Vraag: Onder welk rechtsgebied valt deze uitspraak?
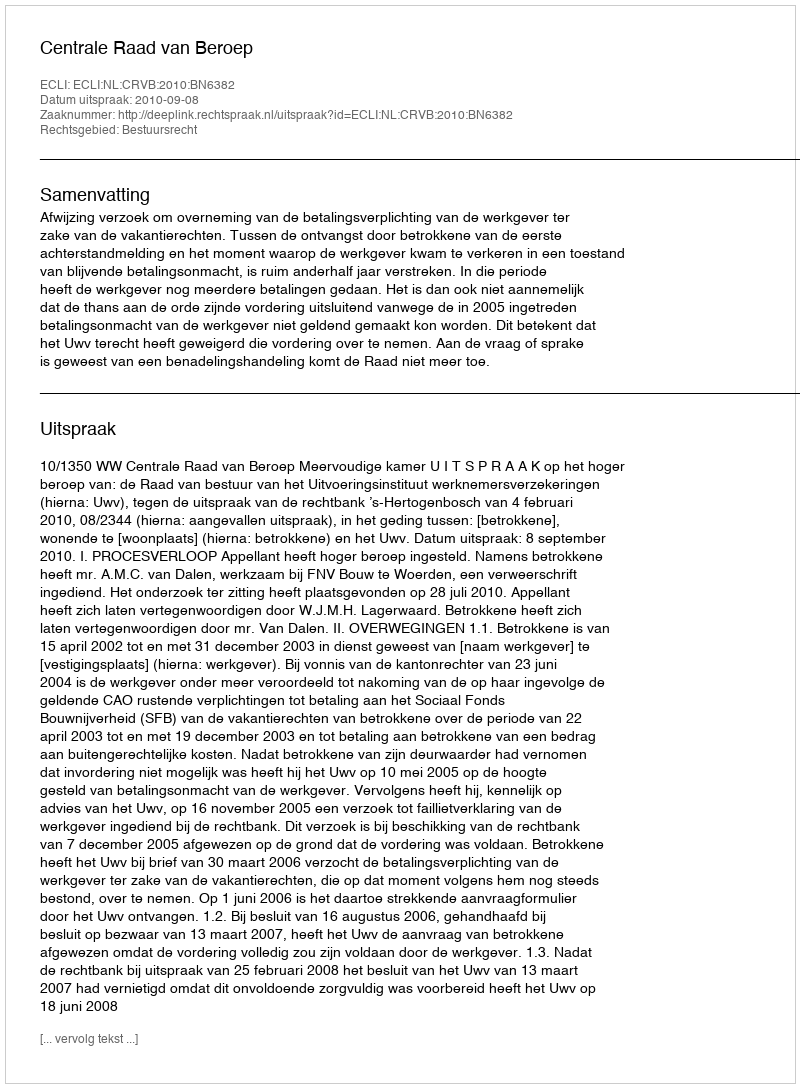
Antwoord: Bestuursrecht